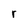
Character: r